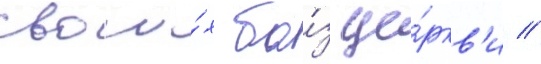
свои́х ба́з це́ркв'и //